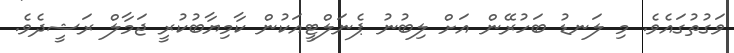
ވަގުތުގައެވެ. މި ލަނޑު ބަހުރޭން އަށް ލިބުނު ޕެނަލްޓީއަކުން ކާމިޔާބުކުރީ ޖަމާލް ރަޝީދެވެ.